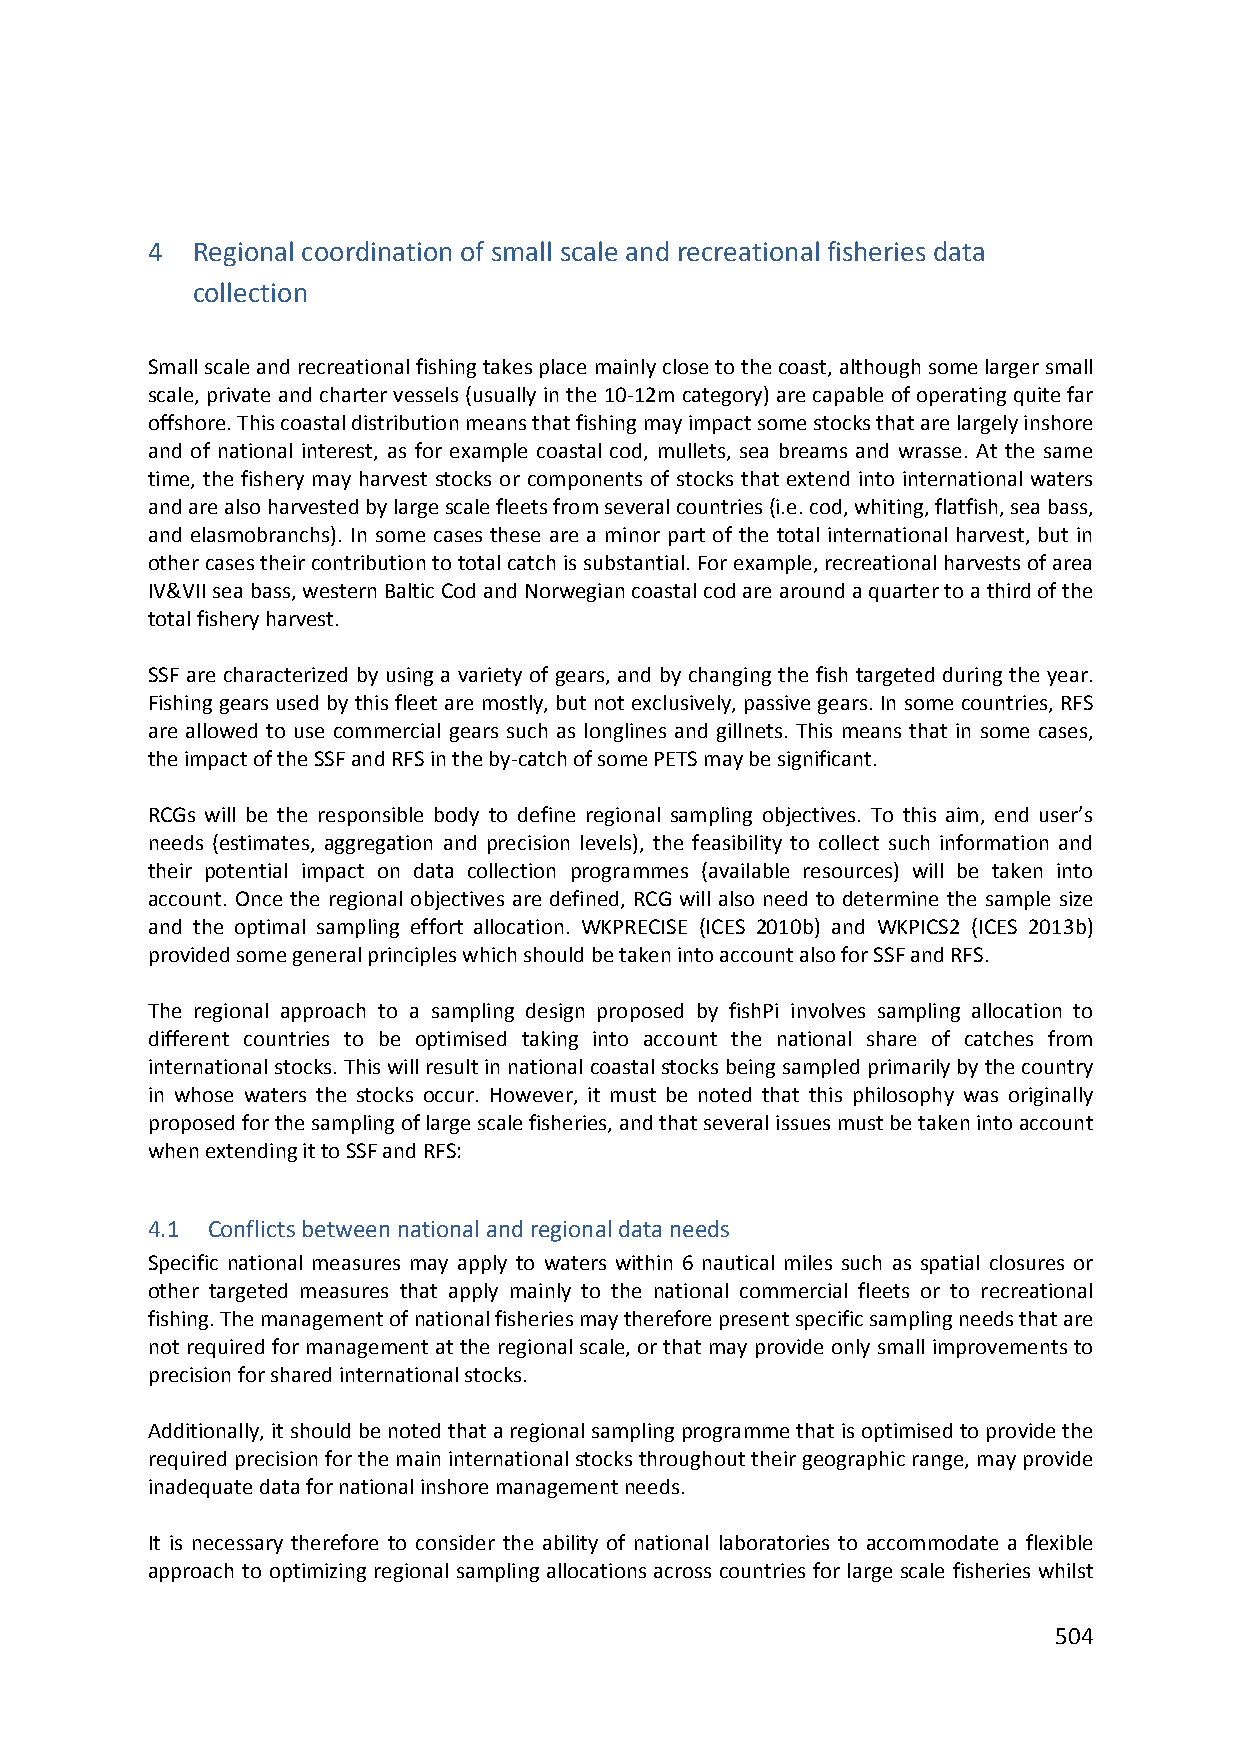
4  Regional coordination of small scale and recreational fisheries data
 collection
 Small scale and recreational fishing takes place mainly close to the coast, although some larger small
 scale, private and charter vessels (usually in the 10‐12m category) are capable of operating quite far
 offshore. This coastal distribution means that fishing may impact some stocks that are largely inshore
 and of national interest, as for example coastal cod, mullets, sea breams and wrasse. At the same
 time, the fishery may harvest stocks or components of stocks that extend into international waters
 and are also harvested by large scale fleets from several countries (i.e. cod, whiting, flatfish, sea bass,
 and elasmobranchs). In some cases these are a minor part of the total international harvest, but in
 other cases their contribution to total catch is substantial. For example, recreational harvests of area
 IV&VII sea bass, western Baltic Cod and Norwegian coastal cod are around a quarter to a third of the
 total fishery harvest.
 SSF are characterized by using a variety of gears, and by changing the fish targeted during the year.
 Fishing gears used by this fleet are mostly, but not exclusively, passive gears. In some countries, RFS
 are allowed to use commercial gears such as longlines and gillnets. This means that in some cases,
 the impact of the SSF and RFS in the by‐catch of some PETS may be significant.
 RCGs will be the responsible body to define regional sampling objectives. To this aim, end user’s
 needs (estimates, aggregation and precision levels), the feasibility to collect such information and
 their potential impact on data collection programmes (available resources) will be taken into
 account. Once the regional objectives are defined, RCG will also need to determine the sample size
 and the optimal sampling effort allocation. WKPRECISE (ICES 2010b) and WKPICS2 (ICES 2013b)
 provided some general principles which should be taken into account also for SSF and RFS.
 The regional approach to a sampling design proposed by fishPi involves sampling allocation to
 different countries to be optimised taking into account the national share of catches from
 international stocks. This will result in national coastal stocks being sampled primarily by the country
 in whose waters the stocks occur. However, it must be noted that this philosophy was originally
 proposed for the sampling of large scale fisheries, and that several issues must be taken into account
 when extending it to SSF and RFS:
 4.1 Conflicts between national and regional data needs
 Specific national measures may apply to waters within 6 nautical miles such as spatial closures or
 other targeted measures that apply mainly to the national commercial fleets or to recreational
 fishing. The management of national fisheries may therefore present specific sampling needs that are
 not required for management at the regional scale, or that may provide only small improvements to
 precision for shared international stocks.
 Additionally, it should be noted that a regional sampling programme that is optimised to provide the
 required precision for the main international stocks throughout their geographic range, may provide
 inadequate data for national inshore management needs.
 It is necessary therefore to consider the ability of national laboratories to accommodate a flexible
 approach to optimizing regional sampling allocations across countries for large scale fisheries whilst
 504